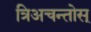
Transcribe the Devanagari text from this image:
त्रिअचन्तोस्